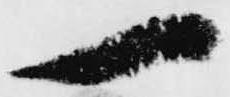
一